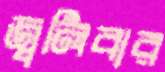
জ্বলিবার